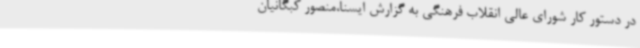
در دستور کار شورای عالی انقلاب فرهنگی به گزارش ایسنا،منصور کبگانیان